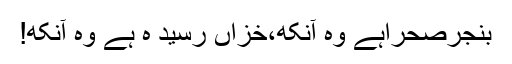
بنجرصحراہے وہ آنکھ،خزاں رسید ہ ہے وہ آنکھ!